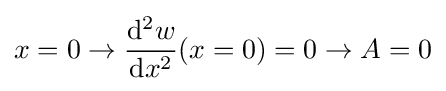
x=0\rightarrow {\mathrm {d} ^{2}w \over \mathrm {d} x^{2}}(x=0)=0\rightarrow A=0